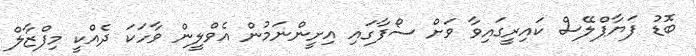
ބޮޑު ފަޔާޕްލޭސް ކައިރީގައިވާ ވަށް ސޯފާގައި އިށީންނަމުން އެވްލީން ވާހަކަ ދެއްކީ މިފްޒާލް